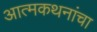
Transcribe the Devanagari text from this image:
आत्मकथनांचा